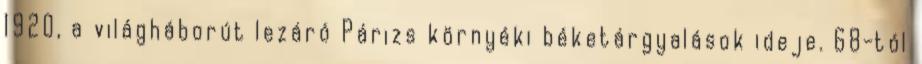
1920, a világháborút lezáró Párizs környéki béketárgyalások ideje. 68-tól